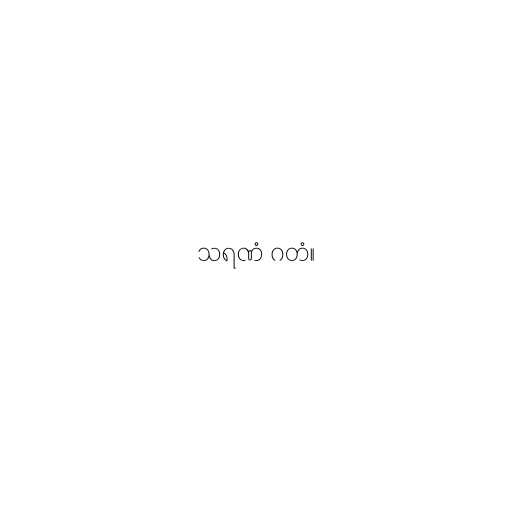
သရဏံ ဂတံ။